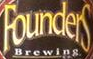
Founders